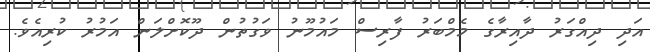
އަދި ދިއްގަރު ދާއިރާގެ މެމްބަރު ފާރިސް މައުމޫނު ވަގުތުން ދޫކޮށްލަން އަމުރު ކުރިއެވެ.